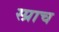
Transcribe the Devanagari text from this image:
स्प्राच